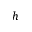
h